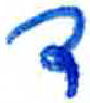
אות: ד